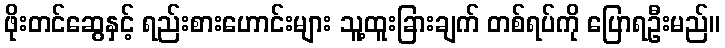
ဖိုးတင်ဆွေနှင့် ရည်းစားဟောင်းများ သူ့ထူးခြားချက် တစ်ရပ်ကို ပြောရဦးမည်။